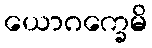
ယောဂက္ခေမိ